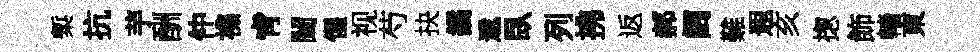
槧抗芋酬仲襍肻闔惺视芍抉鐍遞臥列拂返郝阔難遐亥揔飾轖東